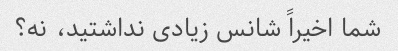
شما اخیراً شانس زیادی نداشتید، نه؟